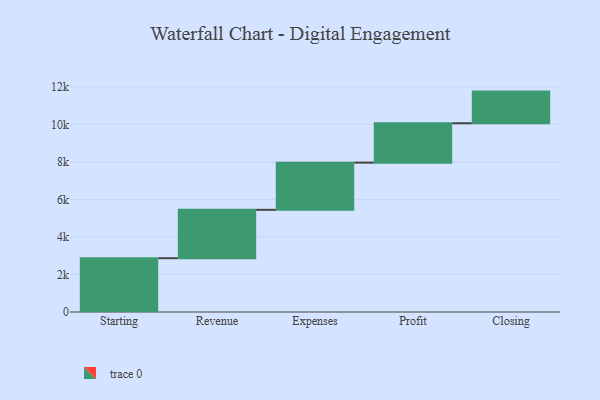
{"axis": {"x": "Step", "y": "Value"}, "legend": [""], "data": [{"x": "Starting", "y": 2866.0, "type": ""}, {"x": "Revenue", "y": 2578.0, "type": ""}, {"x": "Expenses", "y": 2514.0, "type": ""}, {"x": "Profit", "y": 2099.0, "type": ""}, {"x": "Closing", "y": 1686.0, "type": ""}]}